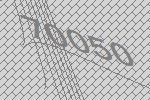
70050